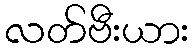
လတ်ဗီးယား